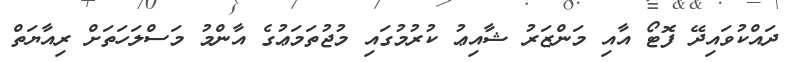
ދައްކުވައިދޭ ފޮޓޯ އާއި މަންޒަރު ޝާއިޢު ކުރުމުގައި މުޖުތަމަޢުގެ އާންމު މަސްލަހަތަށް ރިއާޔަތް